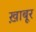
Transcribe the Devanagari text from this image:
ख़ाबूर